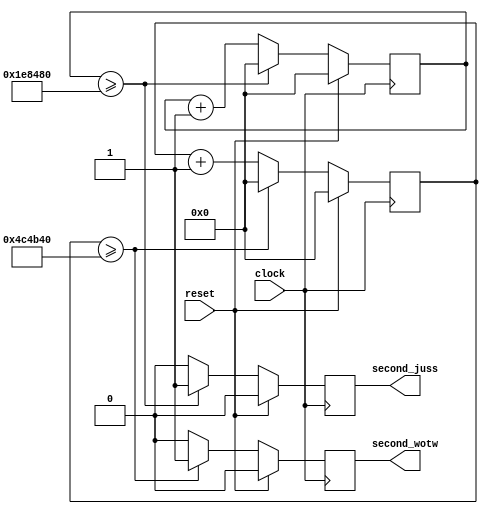
module Metronome(
	input clock,
	input reset,
	output reg second_wotw,
	output reg second_juss
	);
	
	reg [31:0] counter_wotw;
	reg [31:0] counter_juss;
	
	always@(posedge clock) begin
		if (reset) begin
			counter_wotw <= 32'b0;
			counter_juss <= 32'b0;
			second_wotw <= 1'b0;
			second_juss <= 1'b0;
			end
		else begin
			counter_wotw <= counter_wotw + 1'b1;
			counter_juss <= counter_juss + 1'b1;
			
			if (counter_wotw >= 32'd5000000) begin
				second_wotw <= 1'b1;
				counter_wotw <= 32'b0;
				end
			else begin
				second_wotw <= 1'b0;
				end
				
			if (counter_juss >= 32'd2000000) begin
				second_juss <= 1'b1;
				counter_juss <= 32'b0;
				end
			else begin
				second_juss <= 1'b0;
				end
				
			end
		end
endmodule